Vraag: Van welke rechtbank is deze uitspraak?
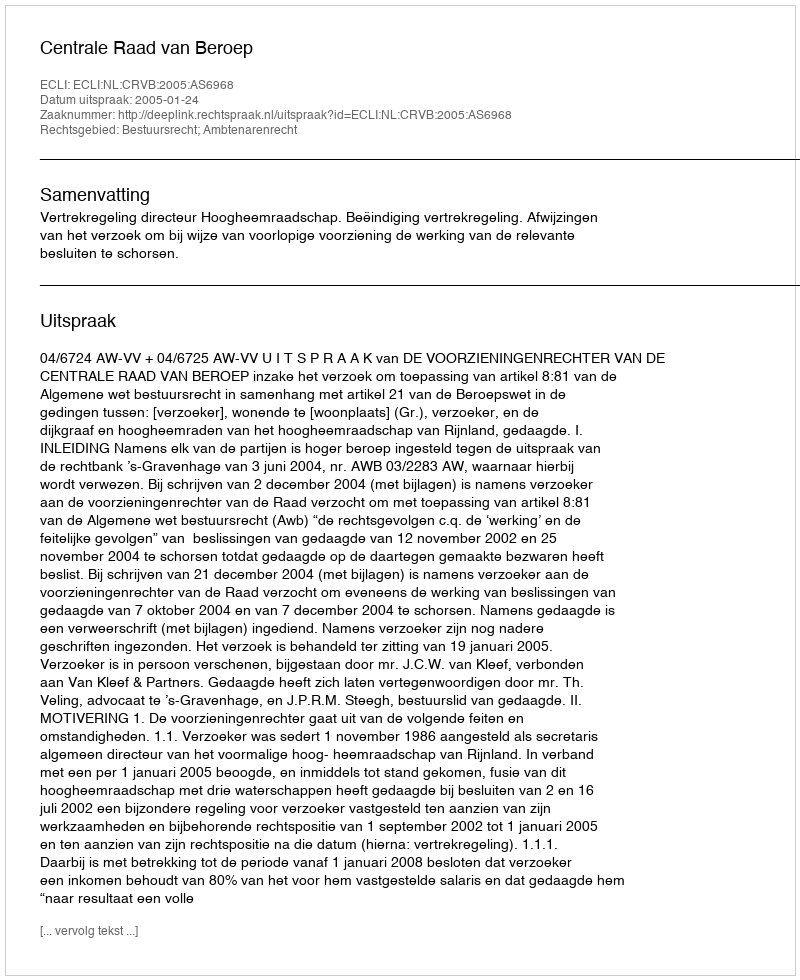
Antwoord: Centrale Raad van Beroep